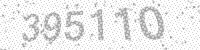
Solution: 395110